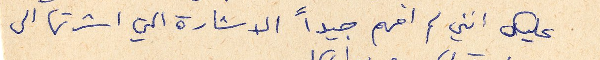
عليك انني لم افهم جيداً الاشارة الي اشرتها الى